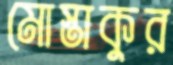
মোস্তাকুর